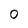
Character: 0